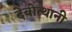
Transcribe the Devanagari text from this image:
देवोत्थानी